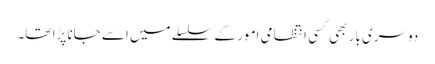
دوسری بار بھی کسی انتظامی امور کے سلسلے میں اسے جانا پڑا تھا۔